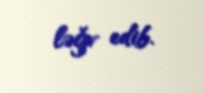
ləğv edib.